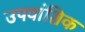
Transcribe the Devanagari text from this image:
उपवांशिक